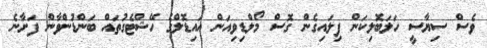
ވެސް ސިޔާސީ ހަލަބޮލިކަން ފިލައިގެން ގޮސް މޯލްޑިވިއަން އައިޑޮލްގެ ހޭޝްޓެގުތައް ބަންޑުންވާން ފަށާނެ